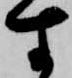
す